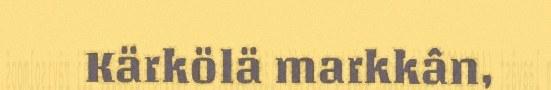
Kärkölä markkân,